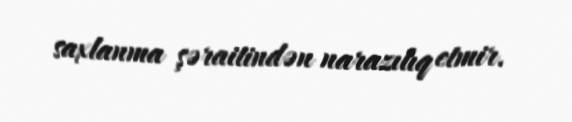
saxlanma şəraitindən narazılıq etmir.